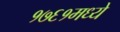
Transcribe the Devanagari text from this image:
१७६१मध्ये